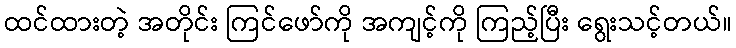
ထင်ထားတဲ့ အတိုင်း ကြင်ဖော်ကို အကျင့်ကို ကြည့်ပြီး ရွေးသင့်တယ်။